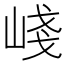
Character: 㟞